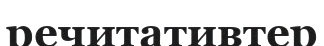
речитативтер